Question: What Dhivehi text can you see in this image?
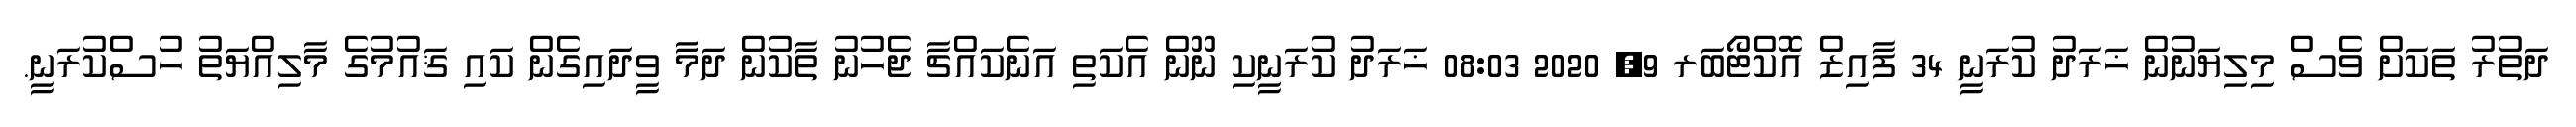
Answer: ދަތުރު ތަކަށް ވެސް މިލިޔަނުން ޚަރަދު ކުރަނީ 34 ފާއިޒް އޮކްޓޯބަރ 9, 2020 08:03 ޚަރަދު ކުރަނީކި ނޫން އެކަތި އަނެކައްޗާ ޖެހުނު ތާކުން ދަމާ ވީދައިގެން ކައި ޤައުމުގެ މާލިއްޔަތު ހުސްކުރަނީ.